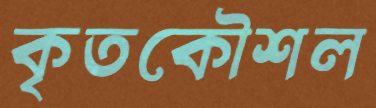
কৃতকৌশল